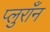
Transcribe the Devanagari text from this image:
प्लुराँन